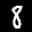
Label: 8